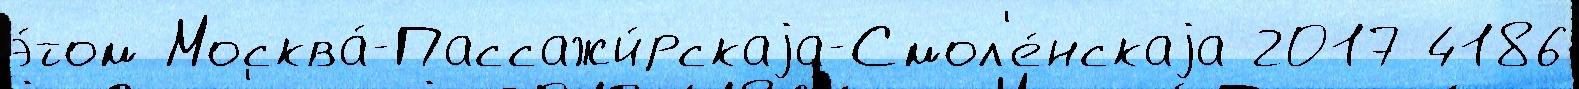
э́том Москва́-Пассажи́рскаjа-Смол'е́нскаjа 2017 4186